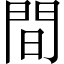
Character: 間